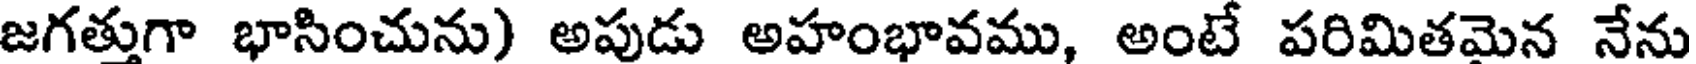
జగత్తుగా భాసించును) అపుడు అహంభావము, అంటే పరిమితమెన నేను